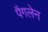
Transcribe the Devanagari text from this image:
पैगलेन